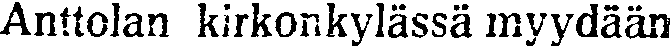
Anttolan kirkonkylässä myydään